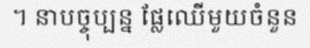
។ នាបច្ចុប្បន្ន ផ្លែឈើមួយចំនួន